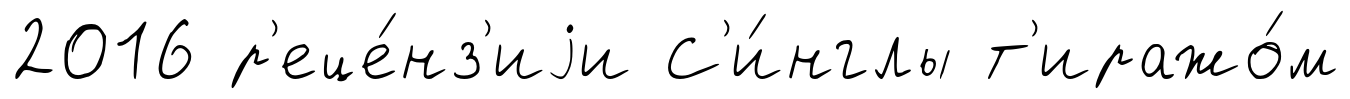
2016 р'еце́нз'иjи С'и́нглы т'иражо́м